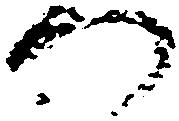
門